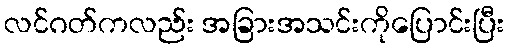
လင်ဂတ်ကလည်း အခြားအသင်းကိုပြောင်းပြီး